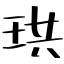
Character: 珙